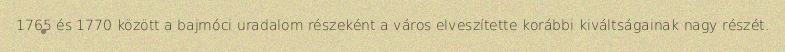
1765 és 1770 között a bajmóci uradalom részeként a város elveszítette korábbi kiváltságainak nagy részét.